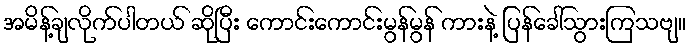
အမိန့်ချလိုက်ပါတယ် ဆိုပြီး ကောင်းကောင်းမွန်မွန် ကားနဲ့ ပြန်ခေါ်သွားကြသဗျ။